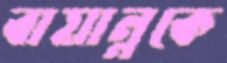
বায়ান্নকে